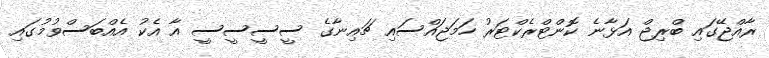
ރާއްޖޭގައި ބްރިޖް އަޅާނެ ކޮންޓްރެކްޓަރު ހަމަޖައްސައި ޗައިނާގެ ސީސީސީސީ އާ އެކު އެއްބަސްވުމުގައި